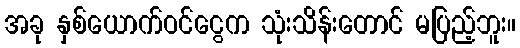
အခု နှစ်ယောက်ဝင်ငွေက သုံးသိန်းတောင် မပြည့်ဘူး။